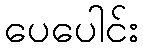
ပေပေါင်း